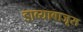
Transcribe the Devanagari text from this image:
डाव्याबाजूस